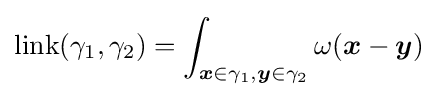
\mathrm {link} (\gamma _{1},\gamma _{2})=\int _{{\boldsymbol {x}}\in \gamma _{1},{\boldsymbol {y}}\in \gamma _{2}}\omega ({\boldsymbol {x}}-{\boldsymbol {y}})